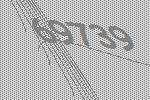
69739